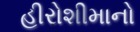
હીરોશીમાનો